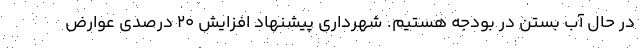
در حال آب بستن در بودجه هستیم. شهرداری پیشنهاد افزایش ۲۰ درصدی عوارض